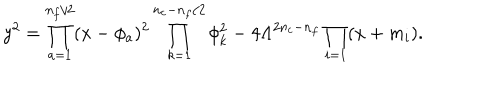
y ^ { 2 } = \prod _ { a = 1 } ^ { n _ { f } / 2 } ( x - \phi _ { a } ) ^ { 2 } \prod _ { k = 1 } ^ { n _ { c } - n _ { f } / 2 } \phi _ { k } ^ { 2 } - 4 \Lambda ^ { 2 n _ { c } - n _ { f } } \prod _ { i = 1 } ( x + m _ { i } ) .